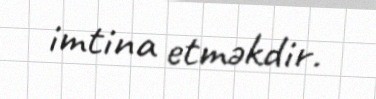
imtina etməkdir.